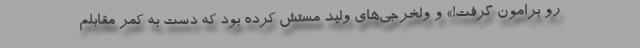
رو برامون گرفت!» و ولخرجی‌های ولید مستش کرده بود که دست به کمر مقابلم